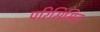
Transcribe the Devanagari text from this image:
परिसिमित